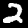
Digit: 2